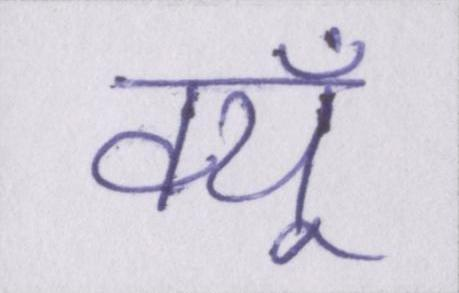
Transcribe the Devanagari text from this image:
क्यूँ